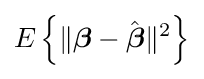
E\left\{\|{\boldsymbol {\beta }}-{\hat {\boldsymbol {\beta }}}\|^{2}\right\}